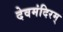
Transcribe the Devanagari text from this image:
देवमंदिरम्